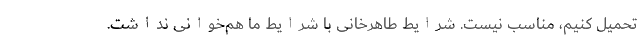
تحمیل کنیم، مناسب نیست. شرایط طاهرخانی با شرایط ما هم‌خوانی نداشت.